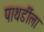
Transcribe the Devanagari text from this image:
पाथर्डीला